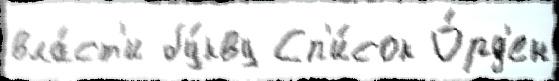
вла́ст'и бу́кву Сп'и́сок О́рд'ен